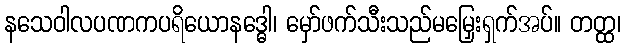
နသေဝါလပဏကပရိယောနဒ္ဓေါ၊ မှော်ဖက်သီးသည်မမြှေးရှက်အပ်။ တတ္ထ၊